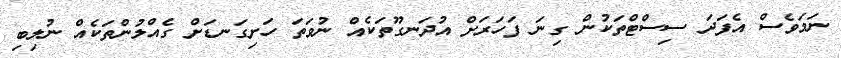
ނަމަވެސް އެފަދަ ސިސްޓްތަކުން ގިނަ ފަހަރަށް އުދަނގޫތަކެއް ނުވަތަ ހަށިގަނޑަށް ގެއްލުންތަކެއް ނުލިބި